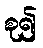
စု၍